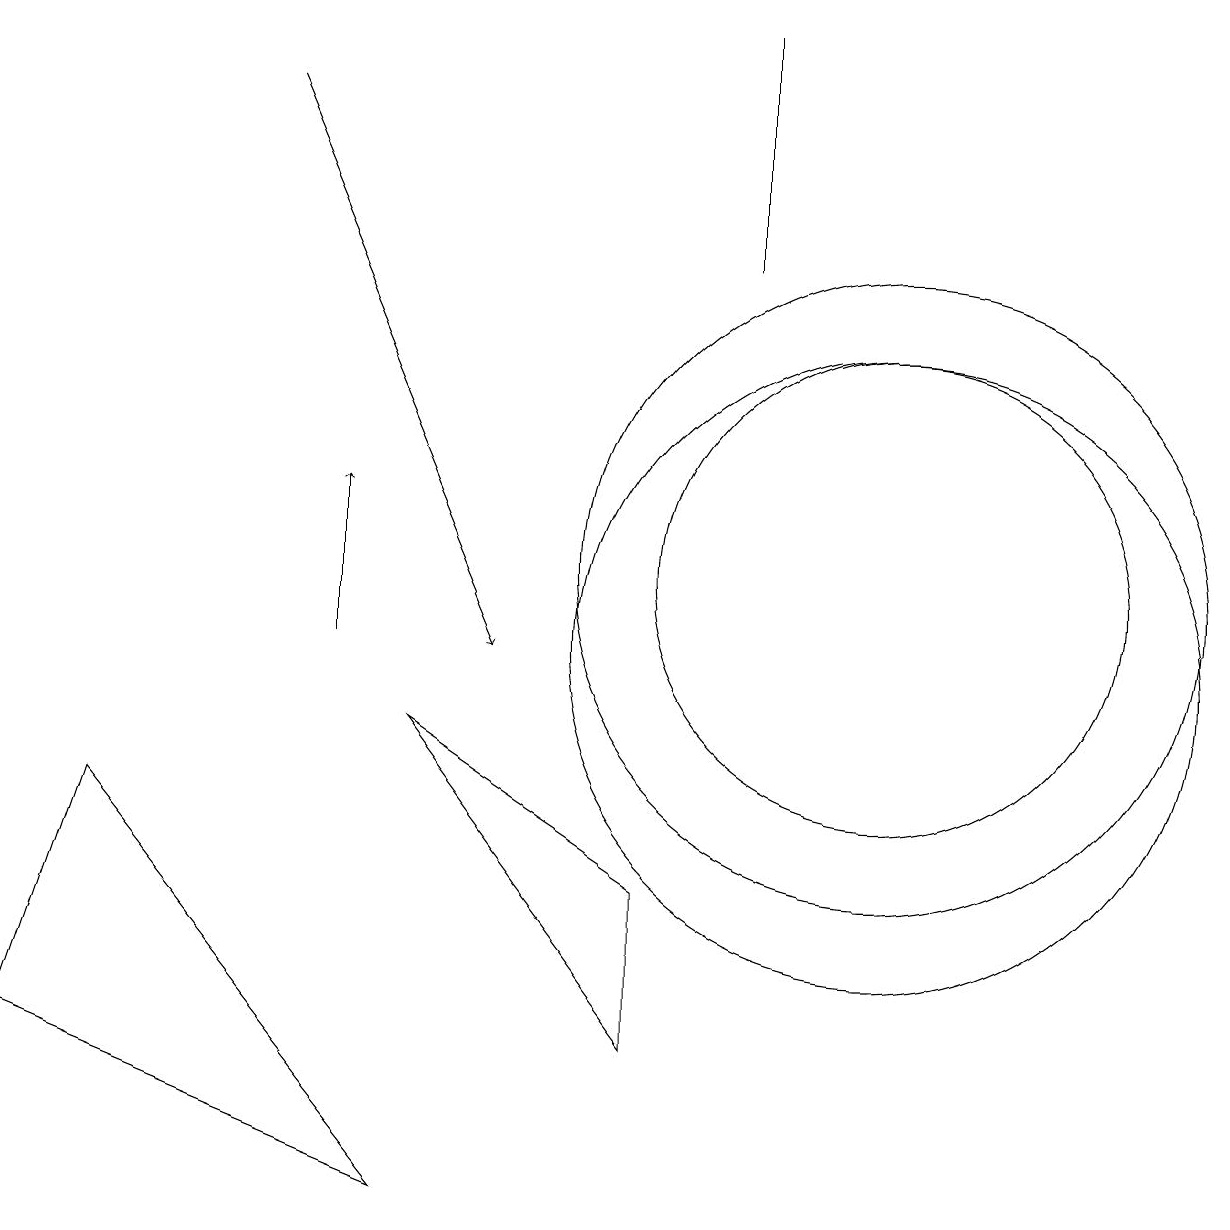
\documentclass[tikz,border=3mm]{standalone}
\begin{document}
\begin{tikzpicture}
\draw (11,10) circle (4);
\draw (1,8) -- (0,5) -- (5,3) -- cycle;
\draw (11,11) circle (4);
\draw (5,9) -- (8,5) -- (8,7) -- cycle;
\draw[->] (3,17) -- (6,10);
\draw (11,11) circle (3);
\draw[->] (4,10) -- (4,12);
\draw (9,15) rectangle (9,18);
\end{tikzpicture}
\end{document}